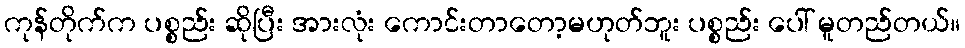
ကုန်တိုက်က ပစ္စည်း ဆိုပြီး အားလုံး ကောင်းတာတော့မဟုတ်ဘူး ပစ္စည်း ပေါ် မူတည်တယ်။